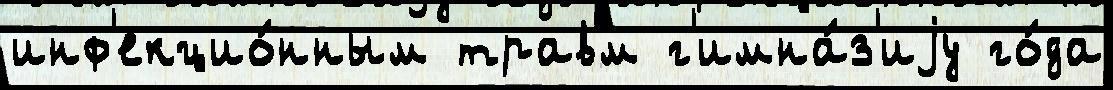
инф'екцио́нным травм г'имна́з'иjу го́да